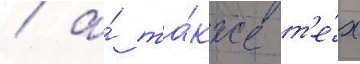
/ а́ та́кже т'е́х